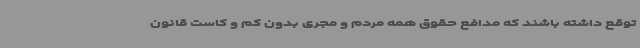
توقع داشته باشند که مدافع حقوق همه مردم و مجری بدون کم و کاست قانون